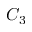
C _ { 3 }